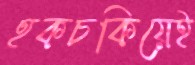
হকচকিয়েই